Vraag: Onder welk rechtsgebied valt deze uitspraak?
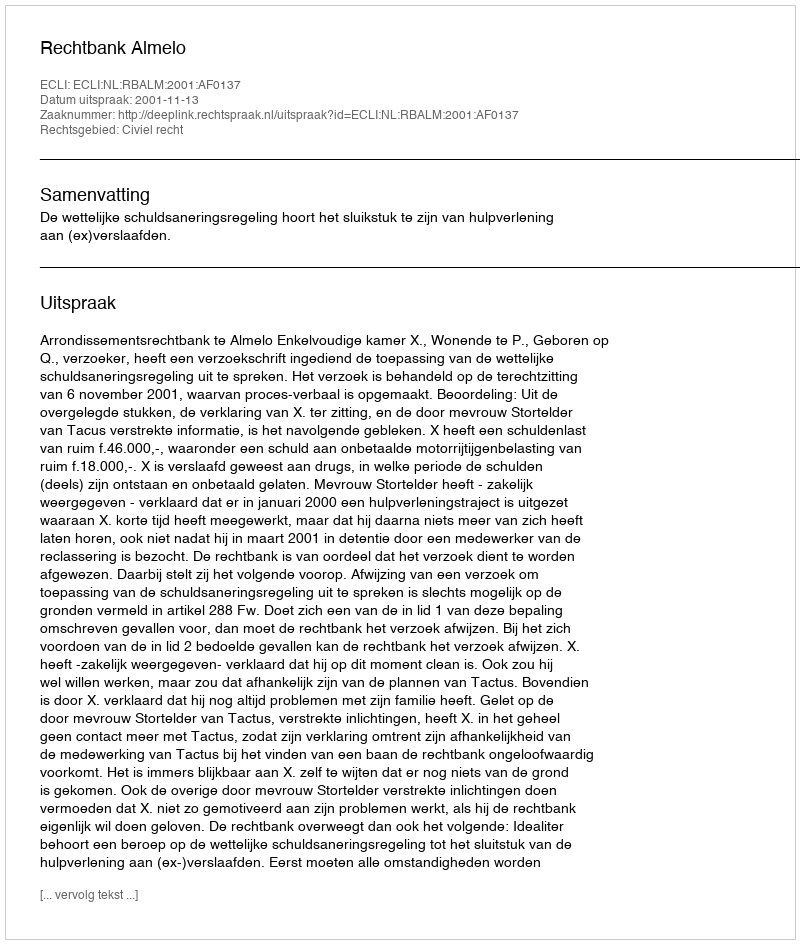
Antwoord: Civiel recht